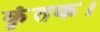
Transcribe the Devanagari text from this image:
कृंतक।